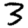
Digit: 3